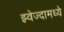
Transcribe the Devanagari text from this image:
झ्वेज्दामध्ये